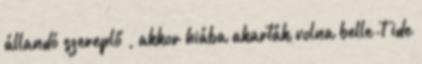
állandó szereplő , akkor hiába akarták volna belle-t ide